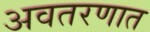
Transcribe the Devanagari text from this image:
अवतरणात